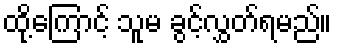
ထို့ကြောင့် သူမ ခွင့်လွှတ်ရမည်။